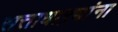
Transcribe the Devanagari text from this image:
सत्ताधाऱ्यांना